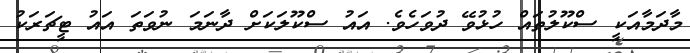
މާދަމާއަކީ ސްކޫލުތައް ހުޅުވޭ ދުވަހެވެ. އައު ސްކޫލަކަށް ދާނަމަ ނުވަތަ އައު ޓީޗަރަކު